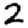
Digit: 2